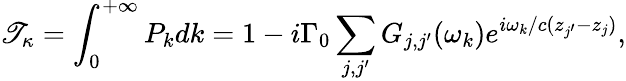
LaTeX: \mathscr{T}_{\kappa}=\int_{0}^{+\infty}P_{k}dk=1-i{\Gamma_{0}}\sum_{j,j^{\prime}}^{}{{{G_{j,j^{\prime}}}(\omega_{k})e^{i\omega_{k}/c({z_{j^{\prime}}}-{z_{j}})}}},